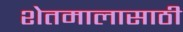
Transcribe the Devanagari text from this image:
शेतमालासाठी